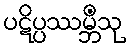
ပဋိပ္ပဿမ္ဘိံသု